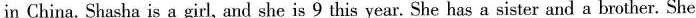
in China. Shasha is a girl, and she is 9 this year. She has a sister and a brother. She